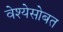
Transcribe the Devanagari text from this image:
वेश्येसोबत